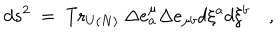
LaTeX: d s ^ { 2 } ~ = ~ \mathrm { T r } _ { U ( N ) } ~ \Delta e _ { a } ^ { \mu } \Delta e _ { \mu b } d \xi ^ { a } d \xi ^ { b } \quad ,